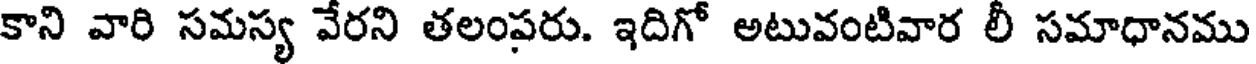
కాని వారి సమస్య వేరని తలంపరు. ఇదిగో అటువంటివార లీ సమాధానము